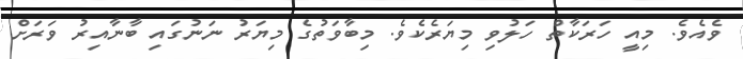
ވެއެވެ. މިއީ ހަރަކާތް ހަލުވި މިޔަރެކެވެ. މިބާވަތުގެ މިޔަރު ނަނުގައި ބާނާއިރު ވަރަށް